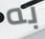
به